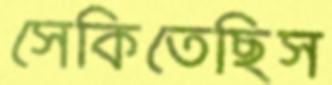
সেকিতেছিস